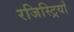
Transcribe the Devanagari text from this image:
रजिस्ट्रियाँ